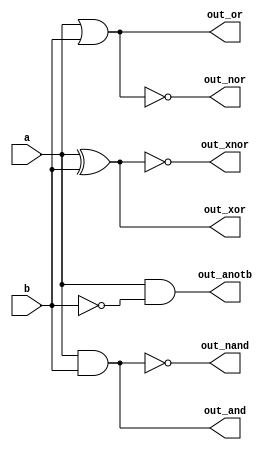
/*Ok, let's try building several logic gates at the same time. Build a combinational circuit with two inputs, a and b.

There are 7 outputs, each with a logic gate driving it:

out_and: a and b
out_or: a or b
out_xor: a xor b
out_nand: a nand b
out_nor: a nor b
out_xnor: a xnor b
out_anotb: a and-not b*/
module top_module( 
    input a, b,
    output out_and,
    output out_or,
    output out_xor,
    output out_nand,
    output out_nor,
    output out_xnor,
    output out_anotb
);
    and g1(out_and,a,b);
    or g2(out_or,a,b);
    xor g3(out_xor,a,b);
    nand g4(out_nand,a,b);
    nor g5(out_nor,a,b);
    xnor g6(out_xnor,a,b);
    and g7(out_anotb,a,(~b));
endmodule